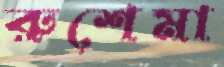
রুশেমা